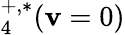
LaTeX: _4^{+,*}(\mathbf{v}=0)